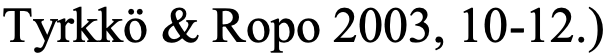
Tyrkkö & Ropo 2003, 10-12.)